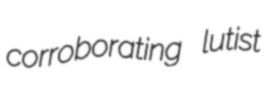
corroborating lutist